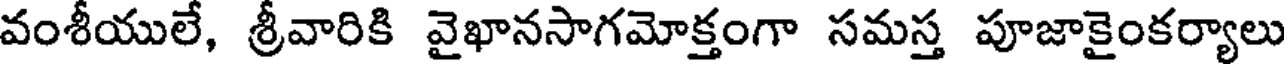
వంశీయులే, శ్రీవారికి వైఖానసాగమోక్తంగా సమస్త పూజాకైంకర్యాలు